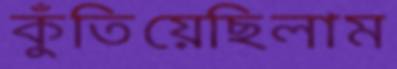
কুঁতিয়েছিলাম